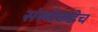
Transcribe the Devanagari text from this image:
संस्थेकडेच